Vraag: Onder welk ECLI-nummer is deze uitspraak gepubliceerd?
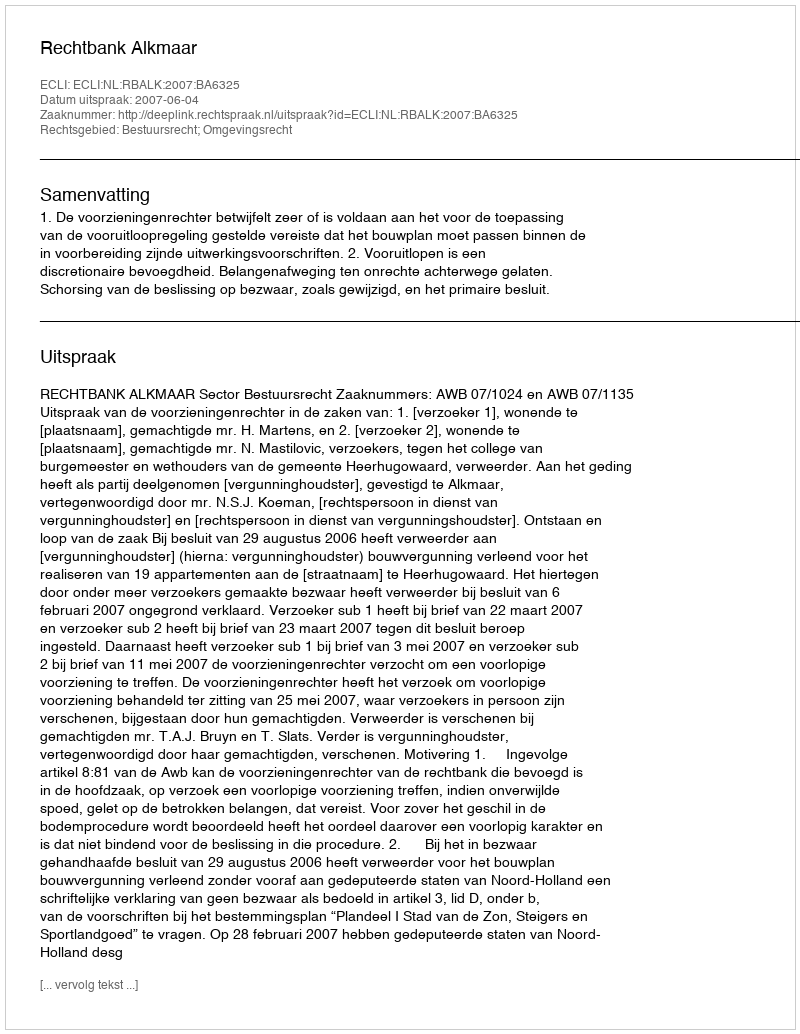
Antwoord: ECLI:NL:RBALK:2007:BA6325